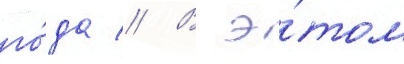
го́да // В э́том